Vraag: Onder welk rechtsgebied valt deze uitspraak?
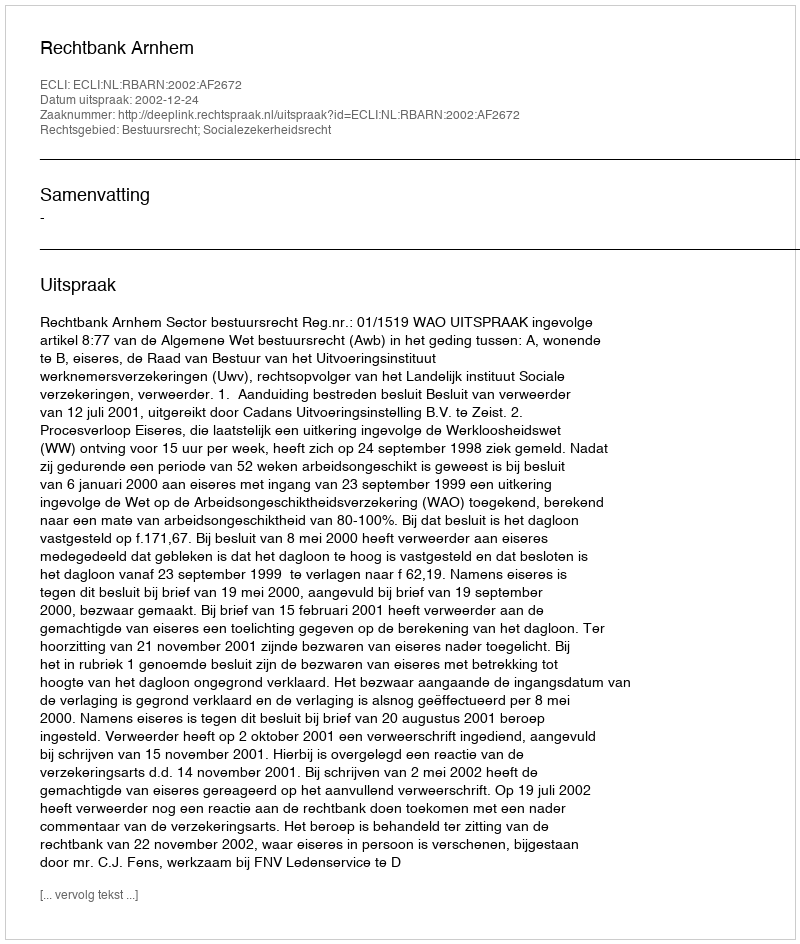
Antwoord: Bestuursrecht; Socialezekerheidsrecht